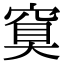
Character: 䆩